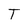
Character: T